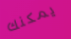
يمكنك